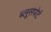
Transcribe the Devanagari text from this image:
ब्लूसपोर्ट